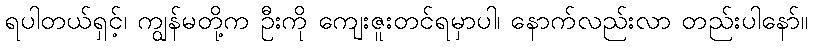
ရပါတယ်ရှင့်၊ ကျွန်မတို့က ဦးကို ကျေးဇူးတင်ရမှာပါ၊ နောက်လည်းလာ တည်းပါနော်။